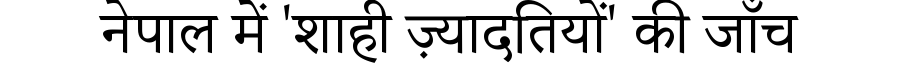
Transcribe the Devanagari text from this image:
नेपाल में 'शाही ज़्यादतियों' की जाँच